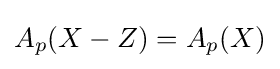
A_{p}(X-Z)=A_{p}(X)